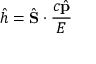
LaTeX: { \hat { h } } = { \hat { \mathbf { S } } } \cdot { \frac { c { \hat { \mathbf { p } } } } { E } }